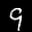
Label: 9